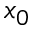
x _ { 0 }